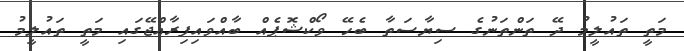
މަތީ ތައުލީމު ދޭ ތަންތަނުގެ ސިޔާސަތާ ބެހޭ ވޯކްޝޮޕެއް ބާއްވައިފިރާއްޖޭގައި މަތީ ތައުލީމު